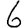
Digit: 6